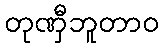
တုဏှီဘူတာဝ